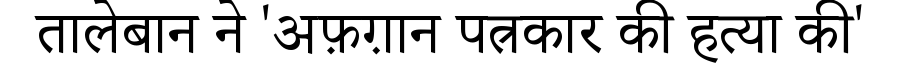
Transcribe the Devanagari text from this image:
तालेबान ने 'अफ़ग़ान पत्रकार की हत्या की'